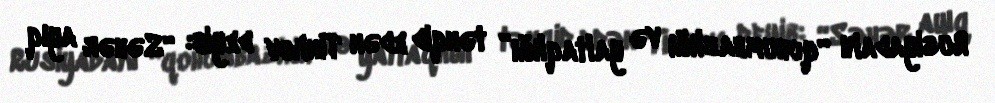
Rusiyadakı “qohumbazlığı və yaltaqlığı” tənqid edən Tinkov deyib: “Səhər ayıq